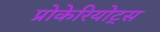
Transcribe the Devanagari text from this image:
प्रोकेरियोट्स